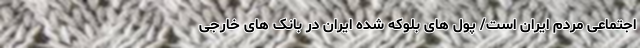
اجتماعی مردم ایران است/ پول های بلوکه شده ایران در بانک های خارجی